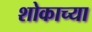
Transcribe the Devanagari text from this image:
शोकाच्या